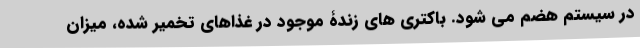
در سیستم هضم می شود. باکتری های زندۀ موجود در غذاهای تخمیر شده، میزان